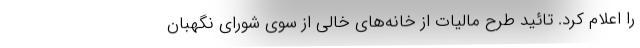
را اعلام کرد. تائید طرح مالیات از خانه‌های خالی از سوی شورای نگهبان